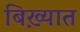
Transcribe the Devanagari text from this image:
बिख़्यात